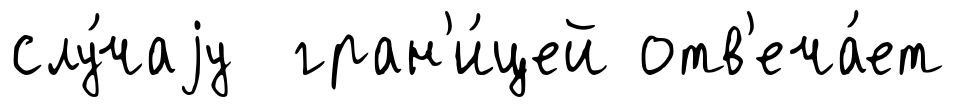
слу́чаjу гран'и́цей отв'еча́ет